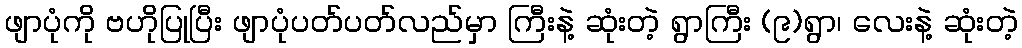
ဖျာပုံကို ဗဟိုပြုပြီး ဖျာပုံပတ်ပတ်လည်မှာ ကြီးနဲ့ ဆုံးတဲ့ ရွာကြီး (၉)ရွာ၊ လေးနဲ့ ဆုံးတဲ့